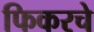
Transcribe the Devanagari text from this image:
फिकरचे